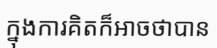
ក្នុងការគិតក៏អាចថាបាន